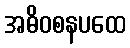
အဓိဝစနပထေ